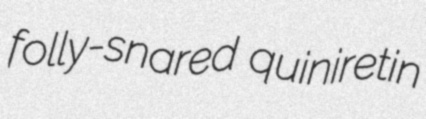
folly-snared quiniretin